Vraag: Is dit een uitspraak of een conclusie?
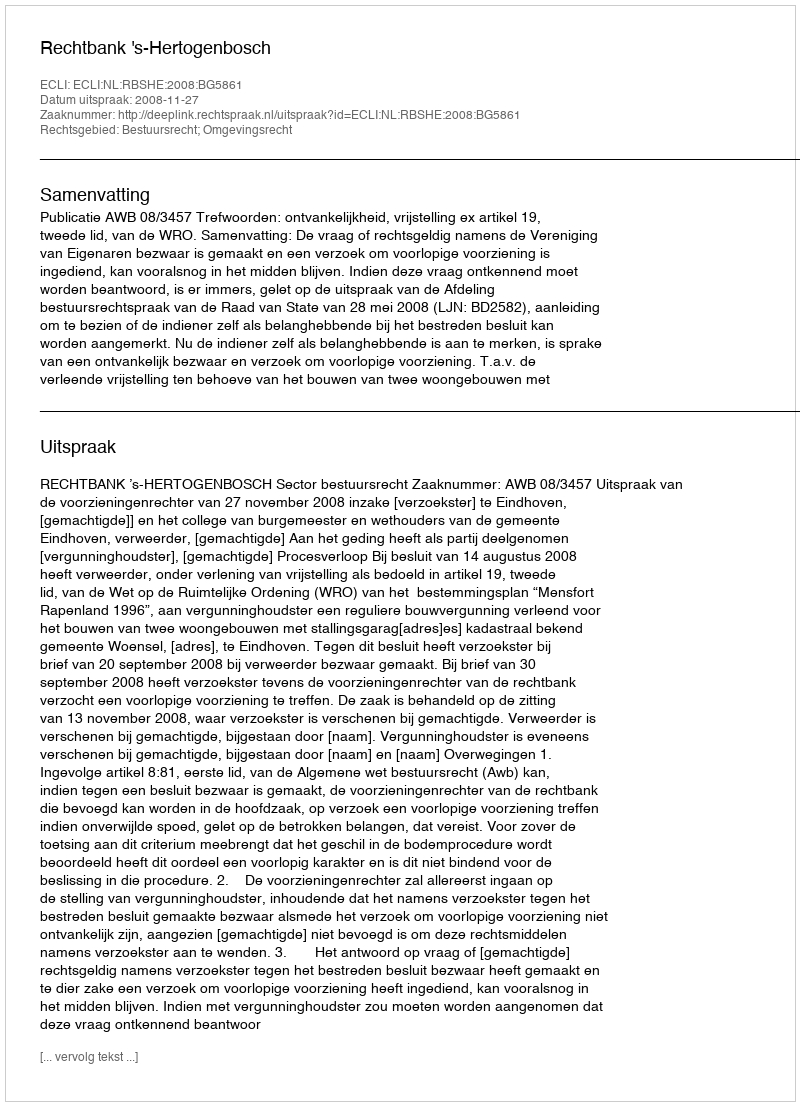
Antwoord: Uitspraak